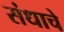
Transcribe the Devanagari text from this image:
संधाचे